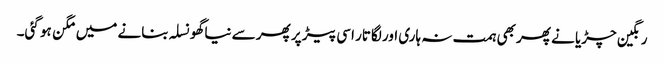
رنگین چڑیا نے پھر بھی ہمت نہ ہاری اور لگاتار اسی پیڑ پر پھر سے نیا گھونسلہ بنانے میں مگن ہو گئی۔